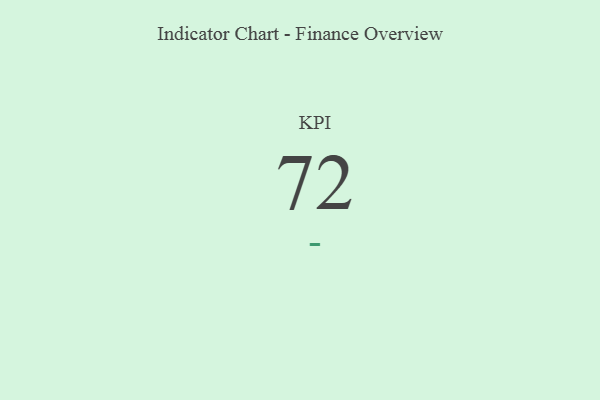
{"axis": {"x": "KPI", "y": "Value"}, "legend": [""], "data": [{"x": "KPI", "y": 72, "type": ""}]}